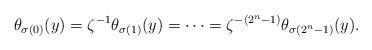
LaTeX: \begin{align*}\theta_{\sigma(0)}(y)=\zeta^{-1}\theta_{\sigma(1)}(y)=\dots=\zeta^{-(2^n-1)}\theta_{\sigma(2^n-1)}(y).\end{align*}